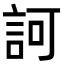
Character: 訶